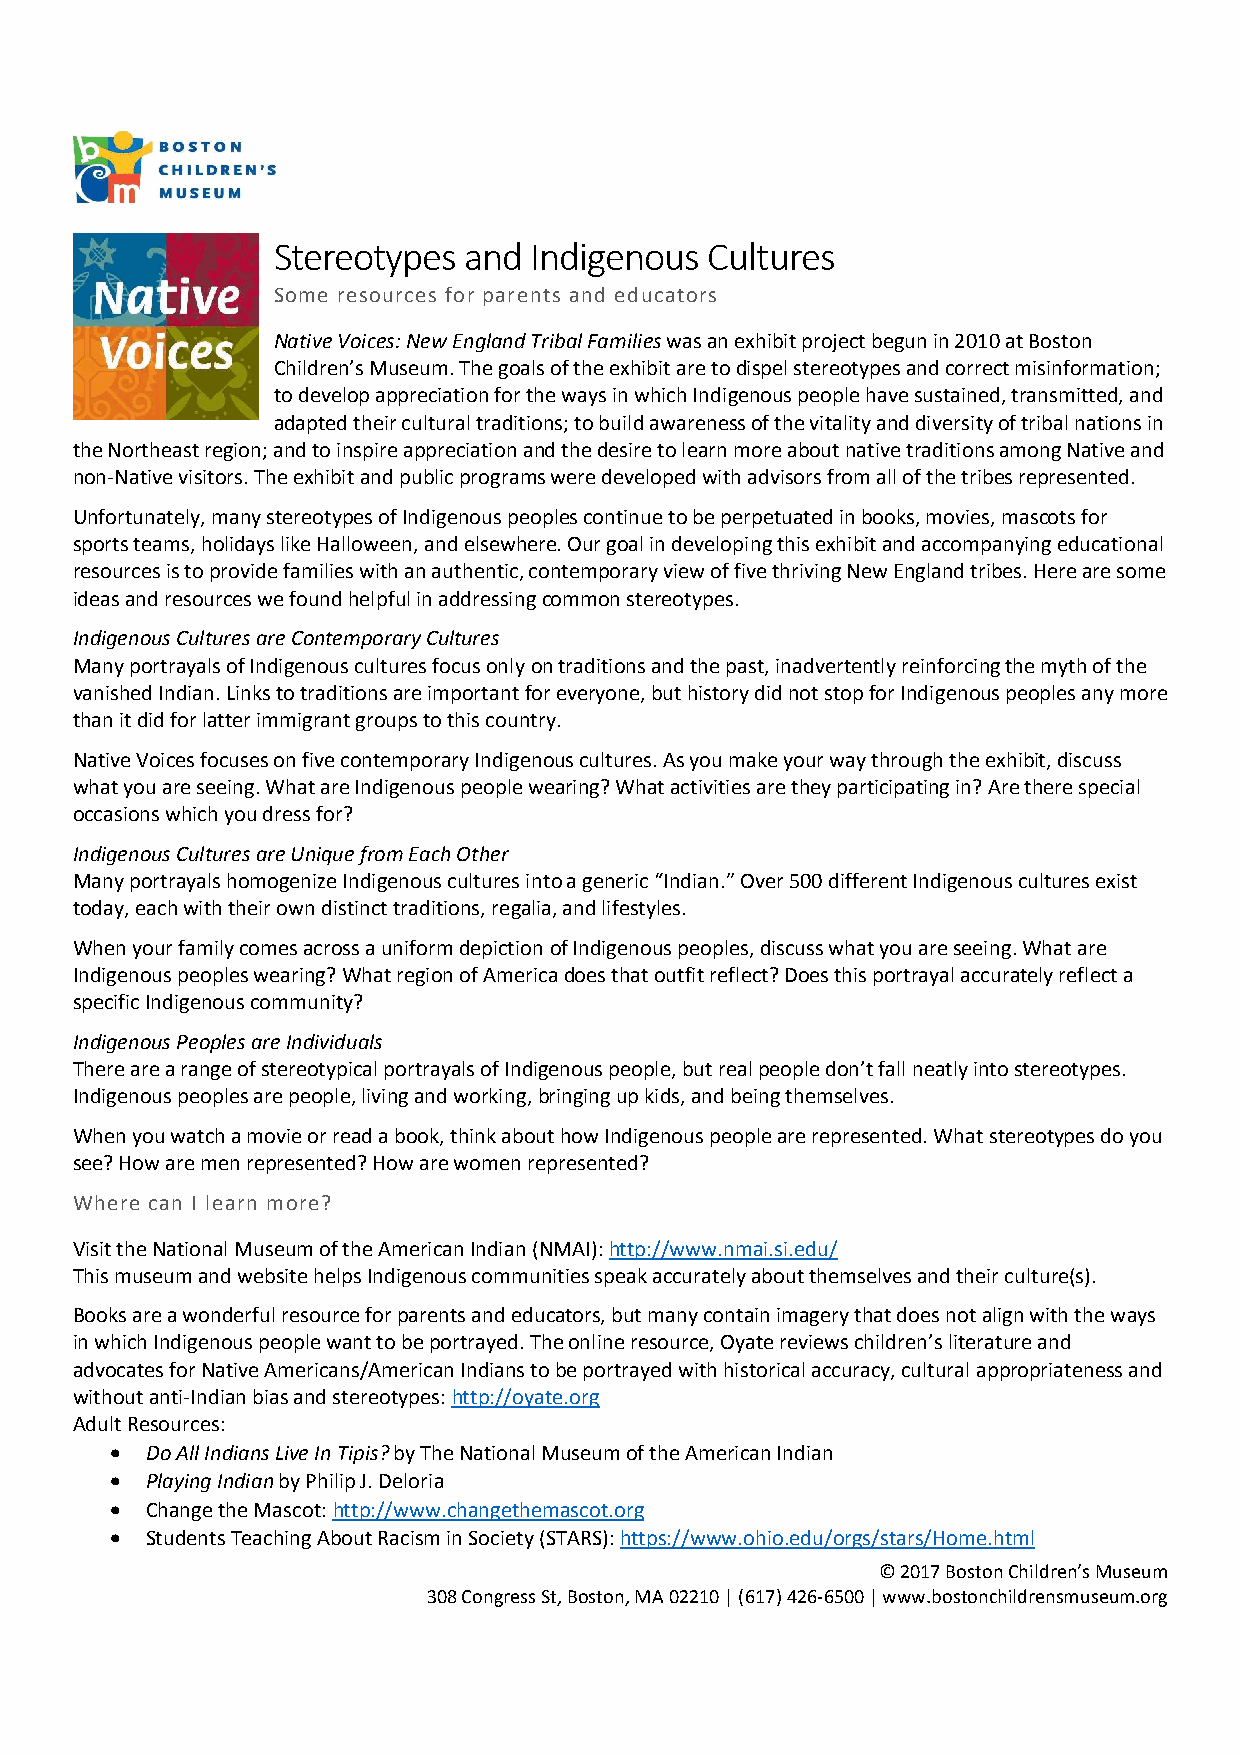
Stereotypes  and Indigenous  Cultures
 Some resources for parents and educators
 Native Voices: New England Tribal Families was an exhibit project begun in 2010 at Boston
 Children’s Museum. The goals of the exhibit are to dispel stereotypes and correct misinformation;
 to develop appreciation for the ways in which Indigenous people have sustained, transmitted, and
 adapted their cultural traditions; to build awareness of the vitality and diversity of tribal nations in
 the Northeast region; and to inspire appreciation and the desire to learn more about native traditions among Native and
 non-Native visitors. The exhibit and public programs were developed with advisors from all of the tribes represented.
 Unfortunately, many stereotypes of Indigenous peoples continue to be perpetuated in books, movies, mascots for
 sports teams, holidays like Halloween, and elsewhere. Our goal in developing this exhibit and accompanying educational
 resources is to provide families with an authentic, contemporary view of five thriving New England tribes. Here are some
 ideas and resources we found helpful in addressing common stereotypes.
 Indigenous Cultures are Contemporary Cultures
 Many portrayals of Indigenous cultures focus only on traditions and the past, inadvertently reinforcing the myth of the
 vanished Indian. Links to traditions are important for everyone, but history did not stop for Indigenous peoples any more
 than it did for latter immigrant groups to this country.
 Native Voices focuses on five contemporary Indigenous cultures. As you make your way through the exhibit, discuss
 what you are seeing. What are Indigenous people wearing? What activities are they participating in? Are there special
 occasions which you dress for?
 Indigenous Cultures are Unique from Each Other
 Many portrayals homogenize Indigenous cultures into a generic “Indian.” Over 500 different Indigenous cultures exist
 today, each with their own distinct traditions, regalia, and lifestyles.
 When your family comes across a uniform depiction of Indigenous peoples, discuss what you are seeing. What are
 Indigenous peoples wearing? What region of America does that outfit reflect? Does this portrayal accurately reflect a
 specific Indigenous community?
 Indigenous Peoples are Individuals
 There are a range of stereotypical portrayals of Indigenous people, but real people don’t fall neatly into stereotypes.
 Indigenous peoples are people, living and working, bringing up kids, and being themselves.
 When you watch a movie or read a book, think about how Indigenous people are represented. What stereotypes do you
 see? How are men represented? How are women represented?
 Where can I learn more?
 Visit the National Museum of the American Indian (NMAI): http://www.nmai.si.edu/
 This museum and website helps Indigenous communities speak accurately about themselves and their culture(s).
 Books are a wonderful resource for parents and educators, but many contain imagery that does not align with the ways
 in which Indigenous people want to be portrayed. The online resource, Oyate reviews children’s literature and
 advocates for Native Americans/American Indians to be portrayed with historical accuracy, cultural appropriateness and
 without anti-Indian bias and stereotypes: http://oyate.org
 Adult Resources:
 •  Do All Indians Live In Tipis? by The National Museum of the American Indian
 •  Playing Indian by Philip J. Deloria
 •  Change the Mascot: http://www.changethemascot.org
 •  Students Teaching About Racism in Society (STARS): https://www.ohio.edu/orgs/stars/Home.html
 © 2017 Boston Children’s Museum
 308 Congress St, Boston, MA 02210 | (617) 426-6500 | www.bostonchildrensmuseum.org